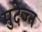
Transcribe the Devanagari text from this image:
मुदेज्न